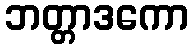
ဘတ္တာဒကော